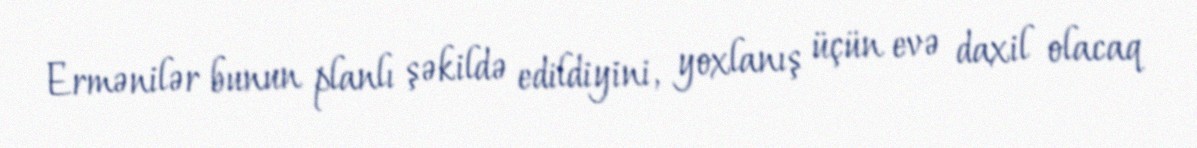
Ermənilər bunun planlı şəkildə edildiyini, yoxlanış üçün evə daxil olacaq